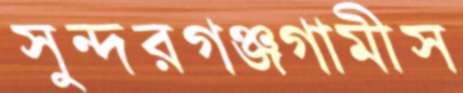
সুন্দরগঞ্জগামীস